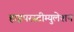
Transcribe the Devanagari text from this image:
हाइपरस्टीम्युलेशन